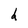
Character: d